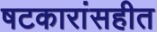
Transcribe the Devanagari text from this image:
षटकारांसहीत